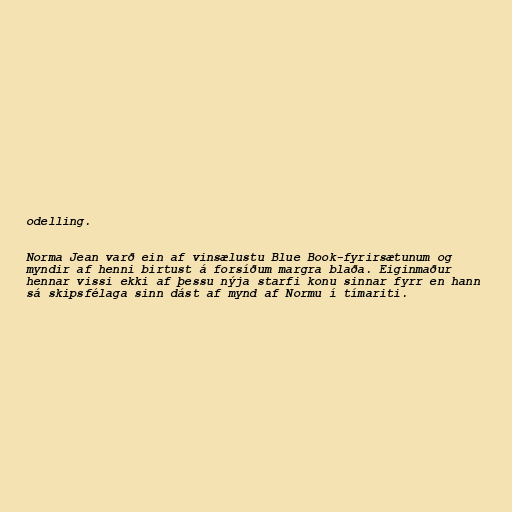
odelling.

Norma Jean varð ein af vinsælustu Blue Book-fyrirsætunum og
myndir af henni birtust á forsíðum margra blaða. Eiginmaður
hennar vissi ekki af þessu nýja starfi konu sinnar fyrr en hann
sá skipsfélaga sinn dást af mynd af Normu í tímariti.